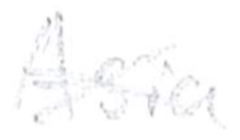
Text: Asia
Cross-out: cross
Writing tool: pencil